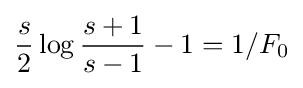
{\frac {s}{2}}\log {\frac {s+1}{s-1}}-1=1/F_{0}